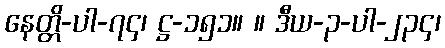
နေတ္တိ-ပါ-၇၄၊ ဋ္ဌ-၁၅၁။ ။ ဒီယ-၃-ပါ-၂၃၄၊